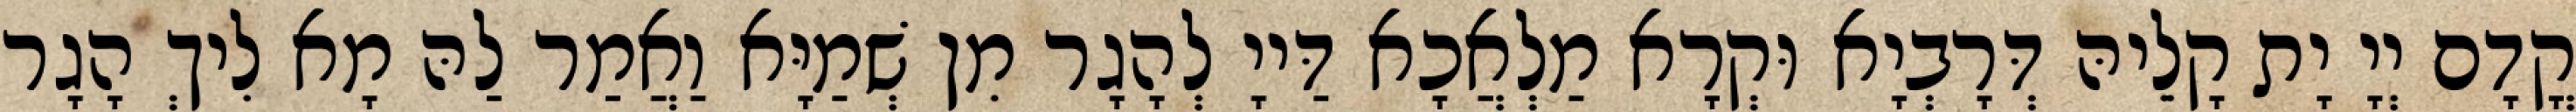
קֳדָם יְיָ יָת קָלֵיהּ דְּרָבְיָא וּקְרָא מַלְאֲכָא דַּייָ לְהָגָר מִן שְׁמַיָּא וַאֲמַר לַהּ מָא לִיךְ הָגָר